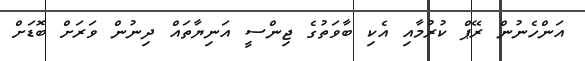
އަންހެނުން ރޭޕް ކުރުމާއި އެކި ބާވަތުގެ ޖިންސީ އަނިޔާތައް ދިނުން ވަރަށް ބޮޑަށް